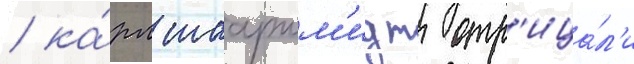
/ ка́рл шааршм'идт отр'ица́л'и